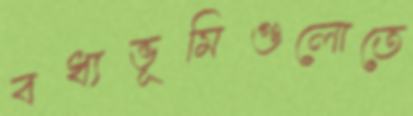
বধ্যভূমিগুলোতে